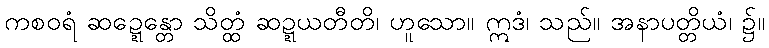
ကစဝရံ ဆဍ္ဍေန္တော သိတ္ထံ ဆဍ္ဍယတီတိ၊ ဟူသော။ ဣဒံ၊ သည်။ အနာပတ္တိယံ၊ ၌။